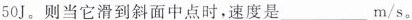
为50J。则当它滑到斜面中点时，速度是______m/s。